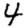
Digit: 4